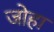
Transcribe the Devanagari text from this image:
जोहा